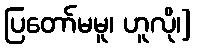
ပြတော်မမူ၊ ဟူလို၊]